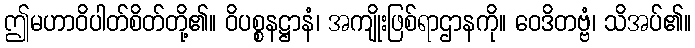
ဤမဟာဝိပါတ်စိတ်တို့၏။ ဝိပစ္စနဋ္ဌာနံ၊ အကျိုးဖြစ်ရာဌာနကို။ ဝေဒိတဗ္ဗံ၊ သိအပ်၏။